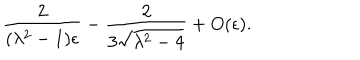
LaTeX: { \frac { 2 } { ( \lambda ^ { 2 } - 1 ) \epsilon } } - { \frac { 2 } { 3 \sqrt { \lambda ^ { 2 } - 4 } } } + O ( \epsilon ) .